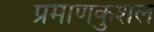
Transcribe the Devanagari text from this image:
प्रमाणकुशल